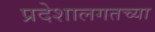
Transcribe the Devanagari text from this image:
प्रदेशालगतच्या